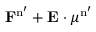
\mathbf { F } ^ { \mathrm { n ^ { \prime } } } + \mathbf { E } \cdot \boldsymbol { \mu } ^ { \mathrm { n ^ { \prime } } }